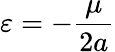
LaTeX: \varepsilon=-{\frac{\mu}{2a}}